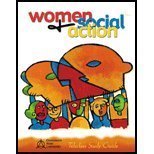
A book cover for Women and Social Action: Telecourse Study Guide; GOVERNORS STATE UNIVERSITY; Education & Teaching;